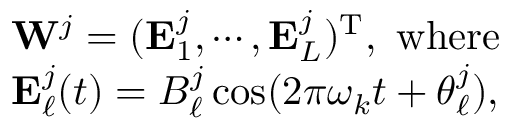
\begin{array} { r l } & { \mathbf { W } ^ { j } = ( \mathbf { E } _ { 1 } ^ { j } , \cdots , \mathbf { E } _ { L } ^ { j } ) ^ { \mathrm { T } } , \mathrm { ~ w h e r e ~ } } \\ & { \mathbf { E } _ { \ell } ^ { j } ( t ) = B _ { \ell } ^ { j } \cos ( 2 \pi \boldsymbol { \omega } _ { k } t + \boldsymbol { \theta } _ { \ell } ^ { j } ) , } \end{array}